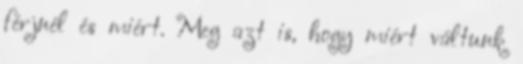
férjnél és miért. Meg azt is, hogy miért váltunk